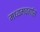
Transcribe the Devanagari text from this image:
मध्यमवर्गास